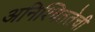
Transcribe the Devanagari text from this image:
अनिश्चिततेची